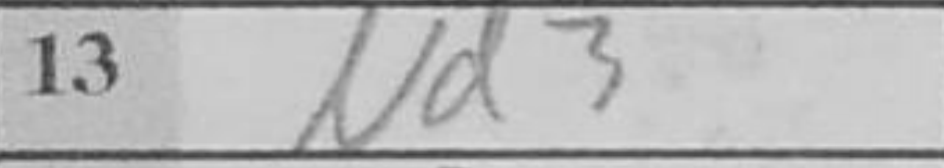
Transcription: Nd3